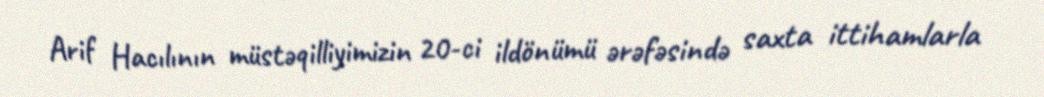
Arif Hacılının müstəqilliyimizin 20-ci ildönümü ərəfəsində saxta ittihamlarla